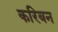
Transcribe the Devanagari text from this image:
करिबन